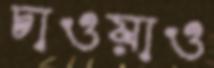
চাওয়াও